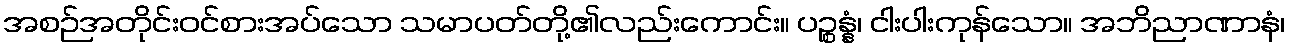
အစဉ်အတိုင်းဝင်စားအပ်သော သမာပတ်တို့၏လည်းကောင်း။ ပဉ္စန္နံ၊ ငါးပါးကုန်သော။ အဘိညာဏာနံ၊